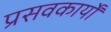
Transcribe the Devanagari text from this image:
प्रसवकार्यों